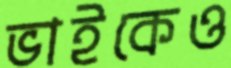
ভাইকেও